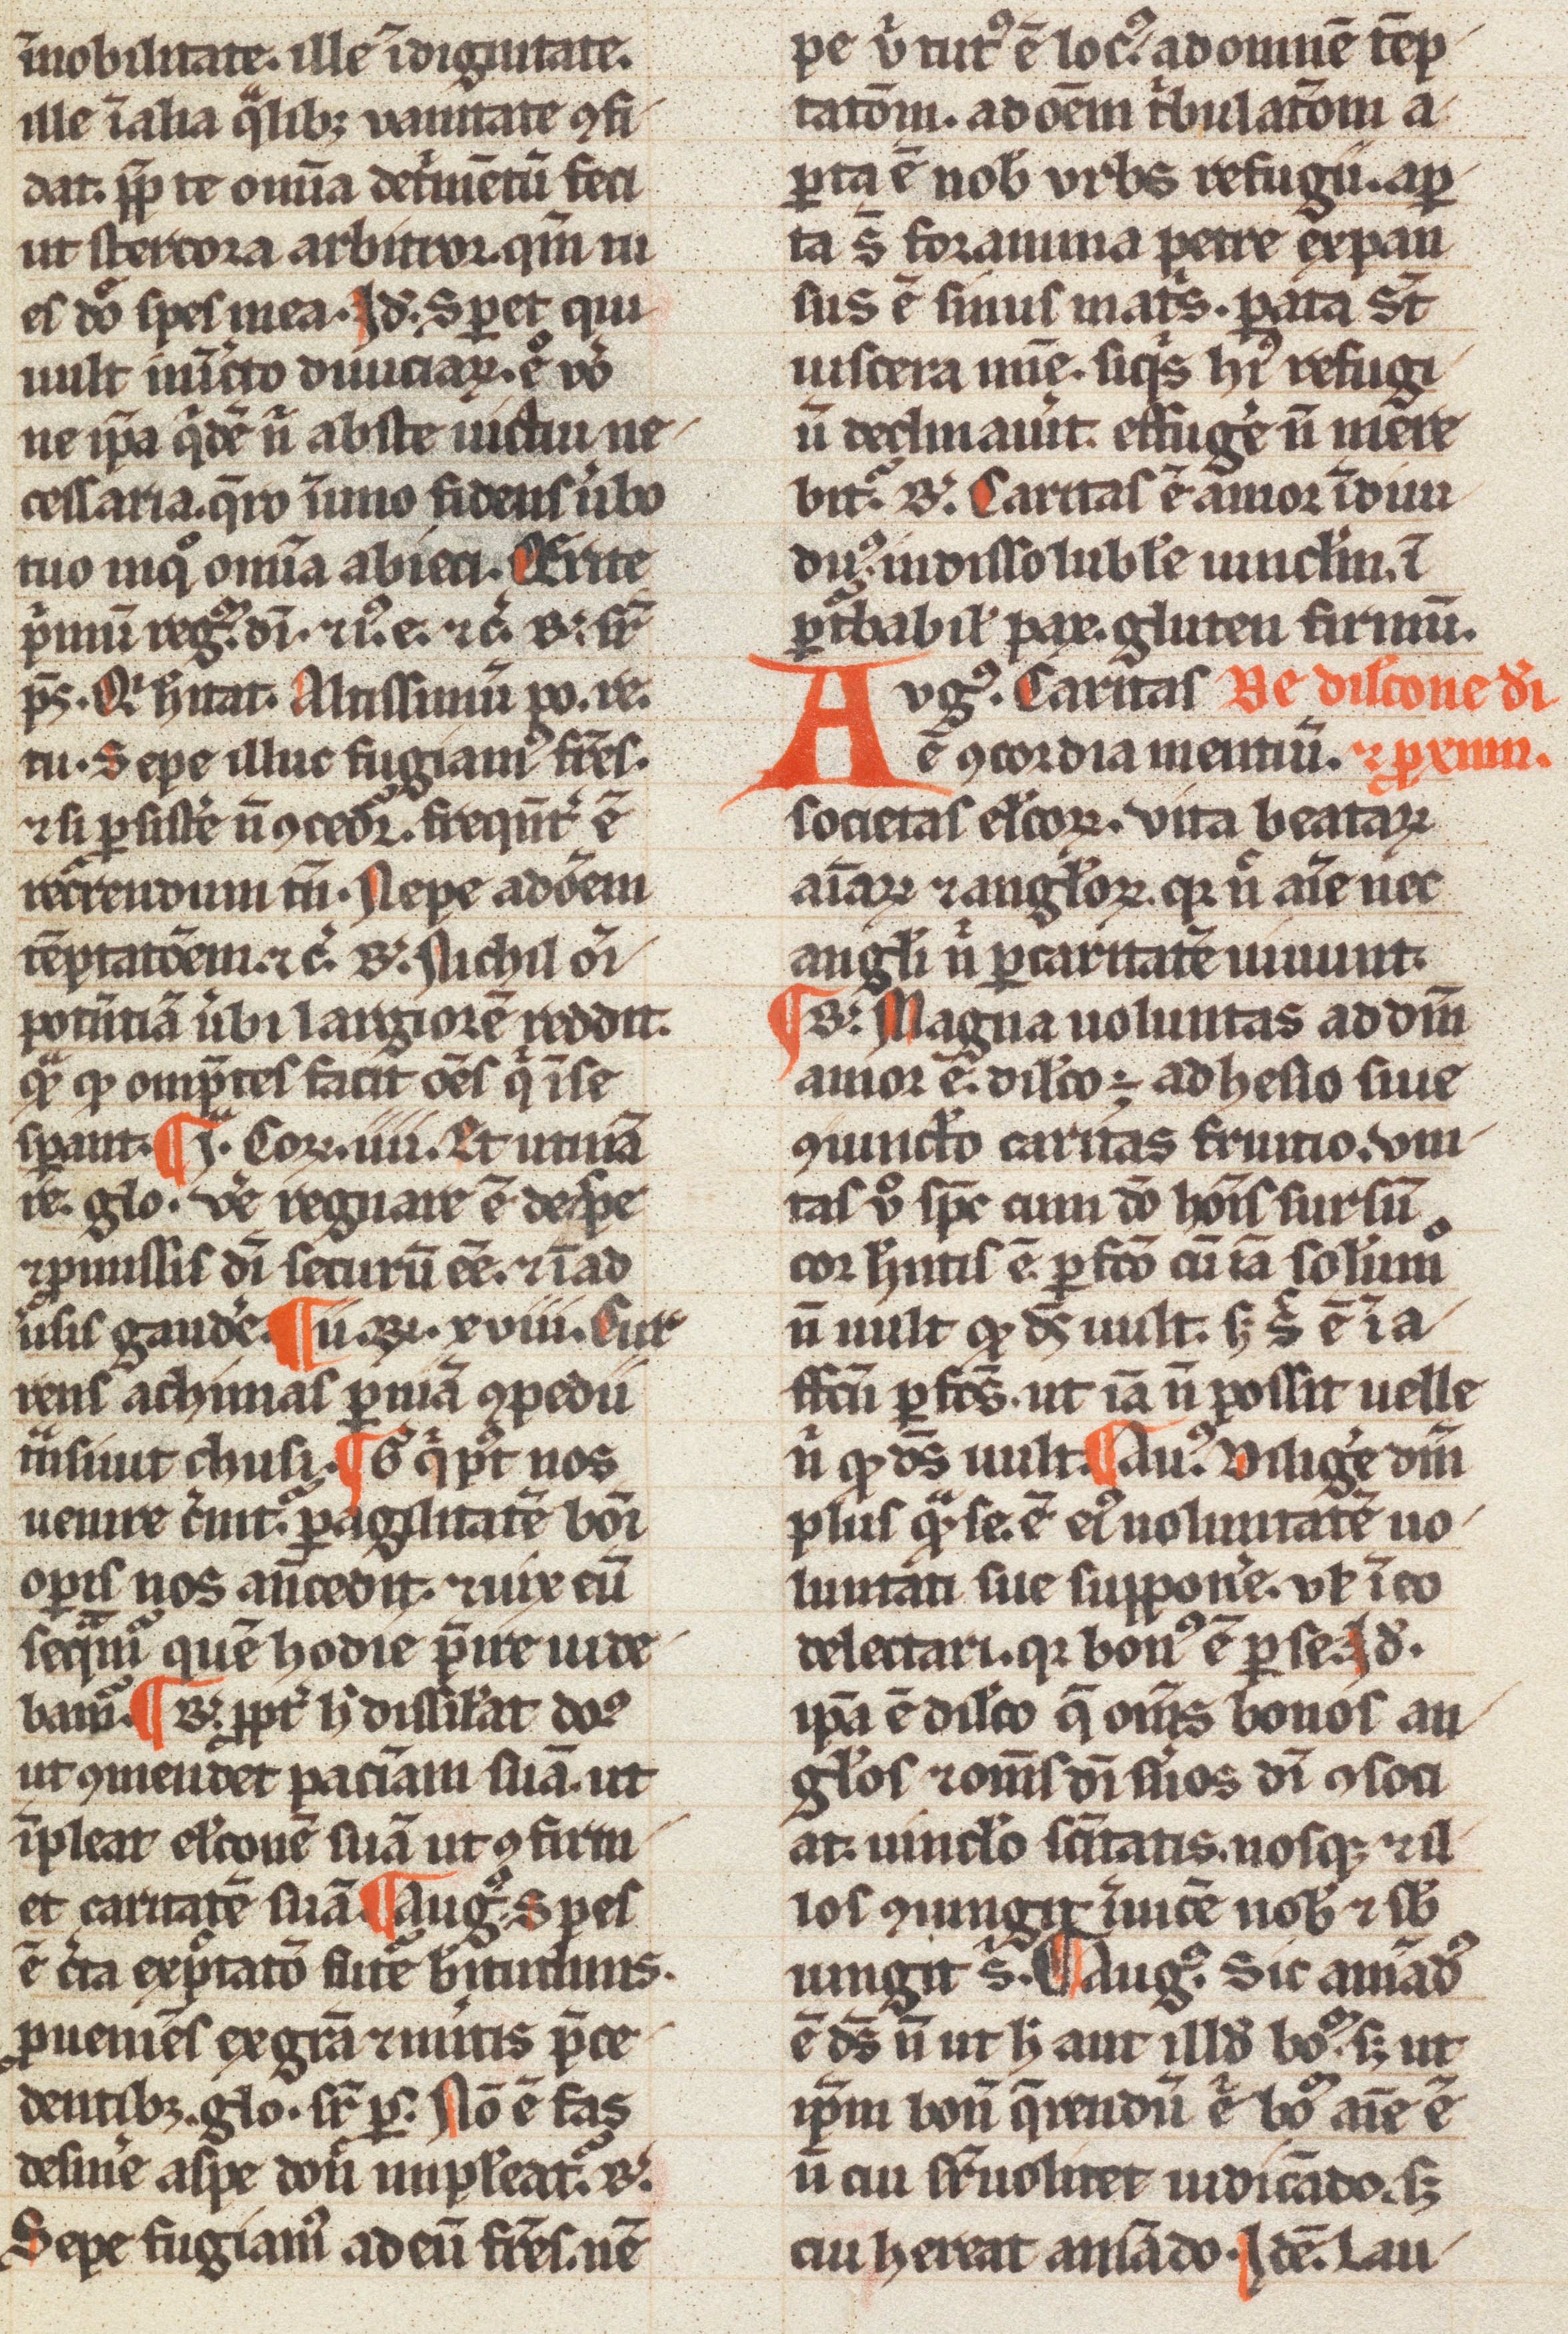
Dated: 1200–1399